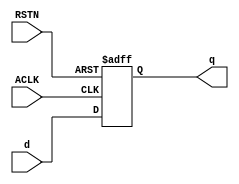
/**
* @file     nbit_register.v
* @brief    Nbit registe. Using parameter call.
* @author   ryu.bee.mono96ck@gmail.com
* @data     03.25.2017
*
* Copyright (c) 2017 by NAIST This model is the confidential and
* proprietary property of NAIST and the possession or use of this
* file requires a written license from NAIST.
**/

`timescale 1ns/1ps

/**
 * @fn
 * nbit register
 * @brief               nbit register with enable
 * @param REG_WIDTH     generic                 register width
 * @param CLK           in  [0:0]               clock signal
 * @param RST           in  [0:0]               asynchronous reset signal
 * @param en            in  [0:0]               register write enable
 * @param d             int [REG_WIDTH-1:0]     in port clock signal
 * @param q             out [0:0]               clock signal
 */
module nbit_register
#(
    parameter                               REG_WIDTH = 32
)(
    input   wire                            ACLK,
    input   wire                            RSTN,
  //input   wire                            en,
    input   wire    [REG_WIDTH-1:0]         d,
    output  reg     [REG_WIDTH-1:0]         q
);
// synopsys template

always @(posedge ACLK or negedge RSTN) begin
    if(~RSTN)   q <= {(REG_WIDTH){1'b0}};
  //else if(en) q <= d;
  //else        q <= q;
    else        q <= d;
end
endmodule